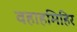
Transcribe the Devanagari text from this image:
वहाहमिहिर